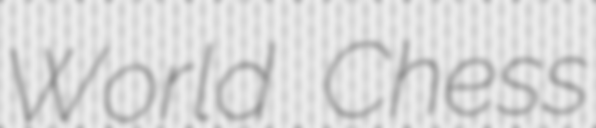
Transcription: World Chess